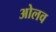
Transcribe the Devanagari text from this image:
ओलव